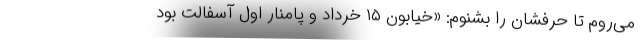
می‌روم تا حرفشان را بشنوم: «خیابون ۱۵ خرداد و پامنار اول آسفالت بود